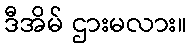
ဒီအိမ် ဌားမလား။